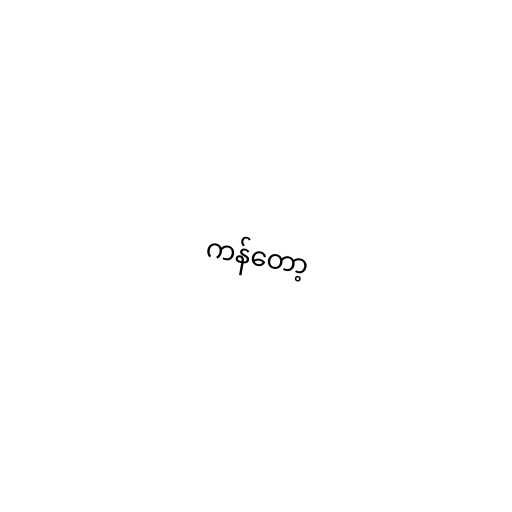
ကန်တော့